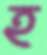
হ